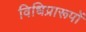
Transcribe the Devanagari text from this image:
विधिप्रारूपों